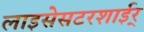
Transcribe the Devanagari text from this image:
लाइसेसटरशाईर्